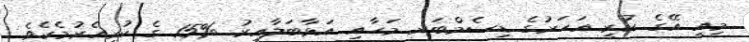
މިއީ އޭގެ ކުރީ އަހަރުގެ ޑިސެމްބަރ މަހާއި އަޅާބަލާއިރު %15 ގެ ކުރިއެރުމެކެވެ.